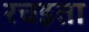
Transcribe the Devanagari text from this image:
रचइता